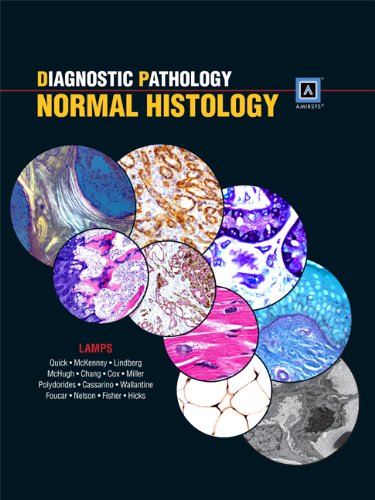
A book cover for Diagnostic Pathology: Normal Histology: Published by AmirsysÂ®; Laura Lamps MD; Medical Books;